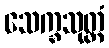
သေက္ခသုတ္တံ